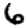
Digit: 6